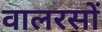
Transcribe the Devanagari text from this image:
वालरसों